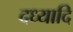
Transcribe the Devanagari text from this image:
दध्यादि